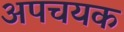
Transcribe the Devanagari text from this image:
अपचयक